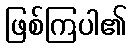
ဖြစ်ကြပါ၏